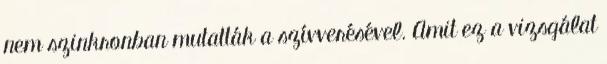
nem szinkronban mutatták a szívverésével. Amit ez a vizsgálat